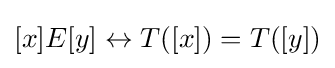
[x]E[y]\leftrightarrow T([x])=T([y])